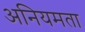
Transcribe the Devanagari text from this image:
अनियमता